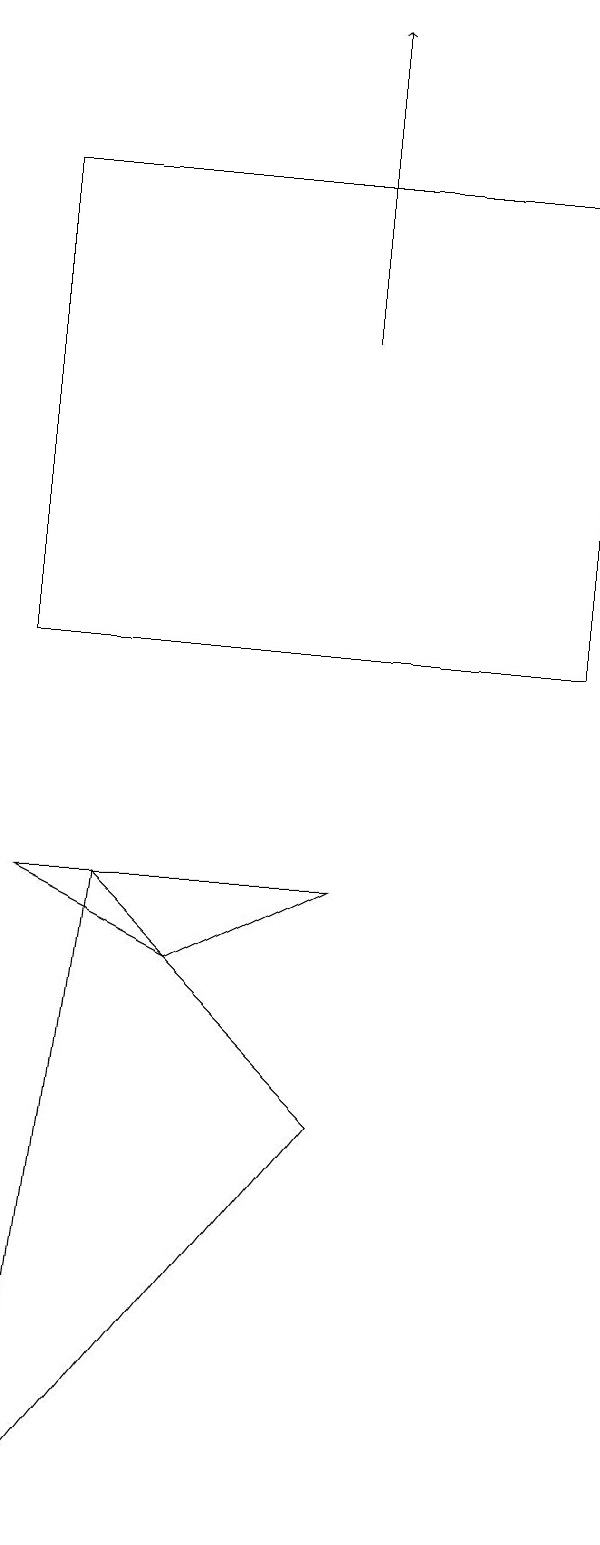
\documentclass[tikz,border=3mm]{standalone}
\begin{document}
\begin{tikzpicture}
\draw (9,11) rectangle (2,17);
\draw (6,5) -- (3,8) -- (2,0) -- cycle;
\draw[->] (6,15) -- (6,19);
\draw (6,8) -- (4,7) -- (2,8) -- cycle;
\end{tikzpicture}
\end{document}